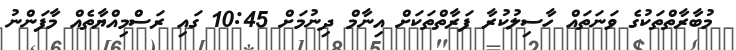
މުބާރާތްތަކުގެ ވަނަތައް ހާސިލުކުރާ ފަރާތްތަކަށް އިނާމް ދިނުމަށް 10:45 ގައި ރަސްމިއްޔާތެއް މާފަންނު